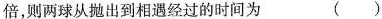
倍，则两球从抛出到相遇经过的时间为 ( )